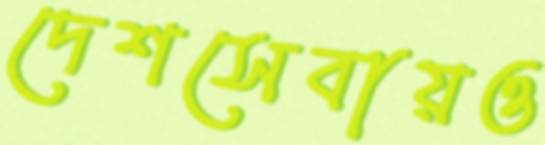
দেশসেবায়ও